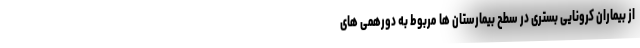
از بیماران کرونایی بستری در سطح بیمارستان ها مربوط به دورهمی های